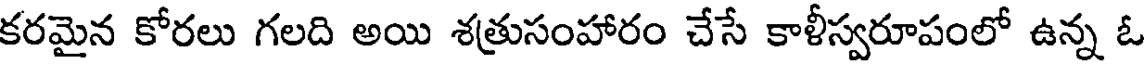
కరమైన కోరలు గలది అయి శత్రుసంహారం చేసే కాళీస్వరూపంలో ఉన్న ఓ